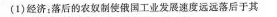
(1)经济：落后的农奴制使俄国工业发展速度远远落后于其